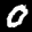
Label: 0